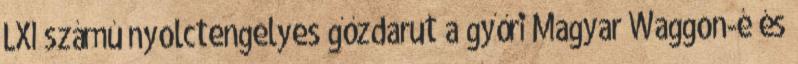
LXI számú nyolctengelyes gőzdarut a győri Magyar Waggon-é és